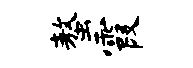
螯霞